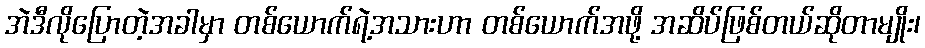
အဲဒီလိုပြောတဲ့အခါမှာ တစ်ယောက်ရဲ့အသားဟာ တစ်ယောက်အဖို့ အဆိပ်ဖြစ်တယ်ဆိုတာမျိုး၊